Annual report of the Bengal Veterinary College and of the Civil Veterinary Department, Bengal, for the year 1917-18 - 1917-1918
Year: 1917
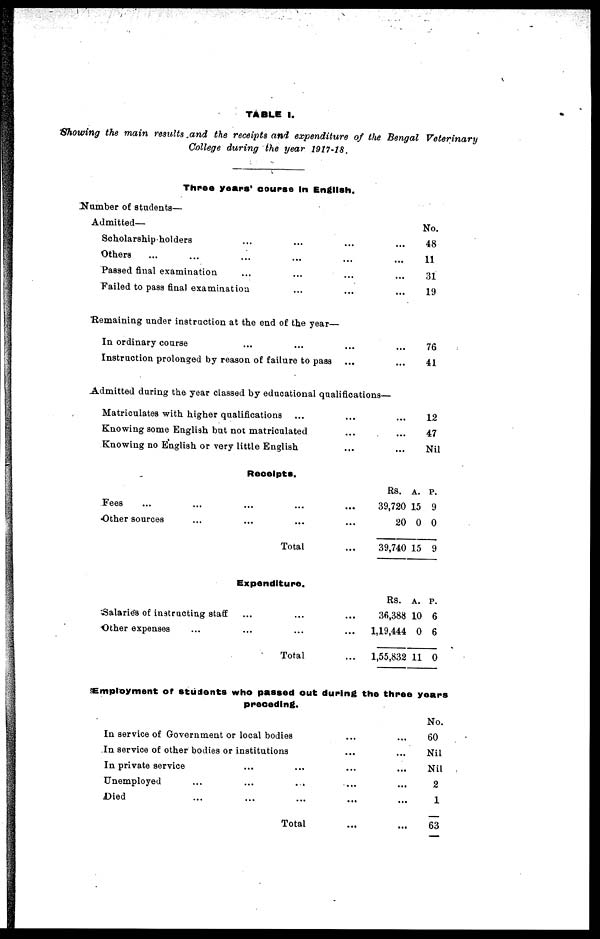
TABLE l.
Showing the main results and the receipts and expenditure of the Bengal Veterinary
College during the year 1917-18.
Three years' course in English.
Number of students—
Admitted—
Scholarship holders ... ... ... ...
Others ... ... ... ... ... ...
Passed final examination ... ... ... ...
Failed to pass final examination ... ... ...
Remaining under instruction at the end of the year—
In ordinary course ... ... ... ...
Instruction prolonged by reason of failure to pass ... ...
Admitted during the year classed by educational qualifications—
Matriculates with higher qualifications ... ... ...
Knowing some English but not matriculated ... ...
Knowing no English or very little English ... ...
No.
48
11
31
19
76
41
12
47
Nil
Receipts.
Fees ... ... ... ... ...
Other sources ... ... ... ...
Total ...
Expenditure.
Salaries of instructing staff ... ... ...
Other expenses ... ... ... ...
Total ...
Rs.
39,720
20
39,740
Rs.
36,388
1,19,444
1,55,832
A.
15
0
15
A.
10
0
11
P.
9
0
9
P.
6
6
0
Employment of students who passed out during the three years
preceding.
In service of Government or local bodies
In service of other bodies or institutions
In private service ... ...
Unemployed ... ... ...
Died ... ... ...
Total
...
...
...
...
...
...
...
...
...
...
...
...
No.
60
Nil
Nil
2
1
63